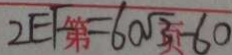
2 E F = 6 0 \sqrt { 3 } - 6 0